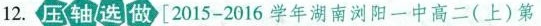
12.压轴/选做[2015-2016学年湖南浏阳一中高二(上)第